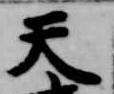
天